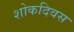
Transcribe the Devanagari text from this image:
शोकदिवस